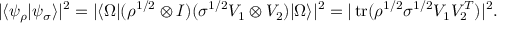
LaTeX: | \langle \psi _ { \rho } | \psi _ { \sigma } \rangle | ^ { 2 } = | \langle \Omega | ( \rho ^ { { 1 } / { 2 } } \otimes I ) ( \sigma ^ { { 1 } / { 2 } } V _ { 1 } \otimes V _ { 2 } ) | \Omega \rangle | ^ { 2 } = | \operatorname { t r } ( \rho ^ { { 1 } / { 2 } } \sigma ^ { { 1 } / { 2 } } V _ { 1 } V _ { 2 } ^ { T } ) | ^ { 2 } .